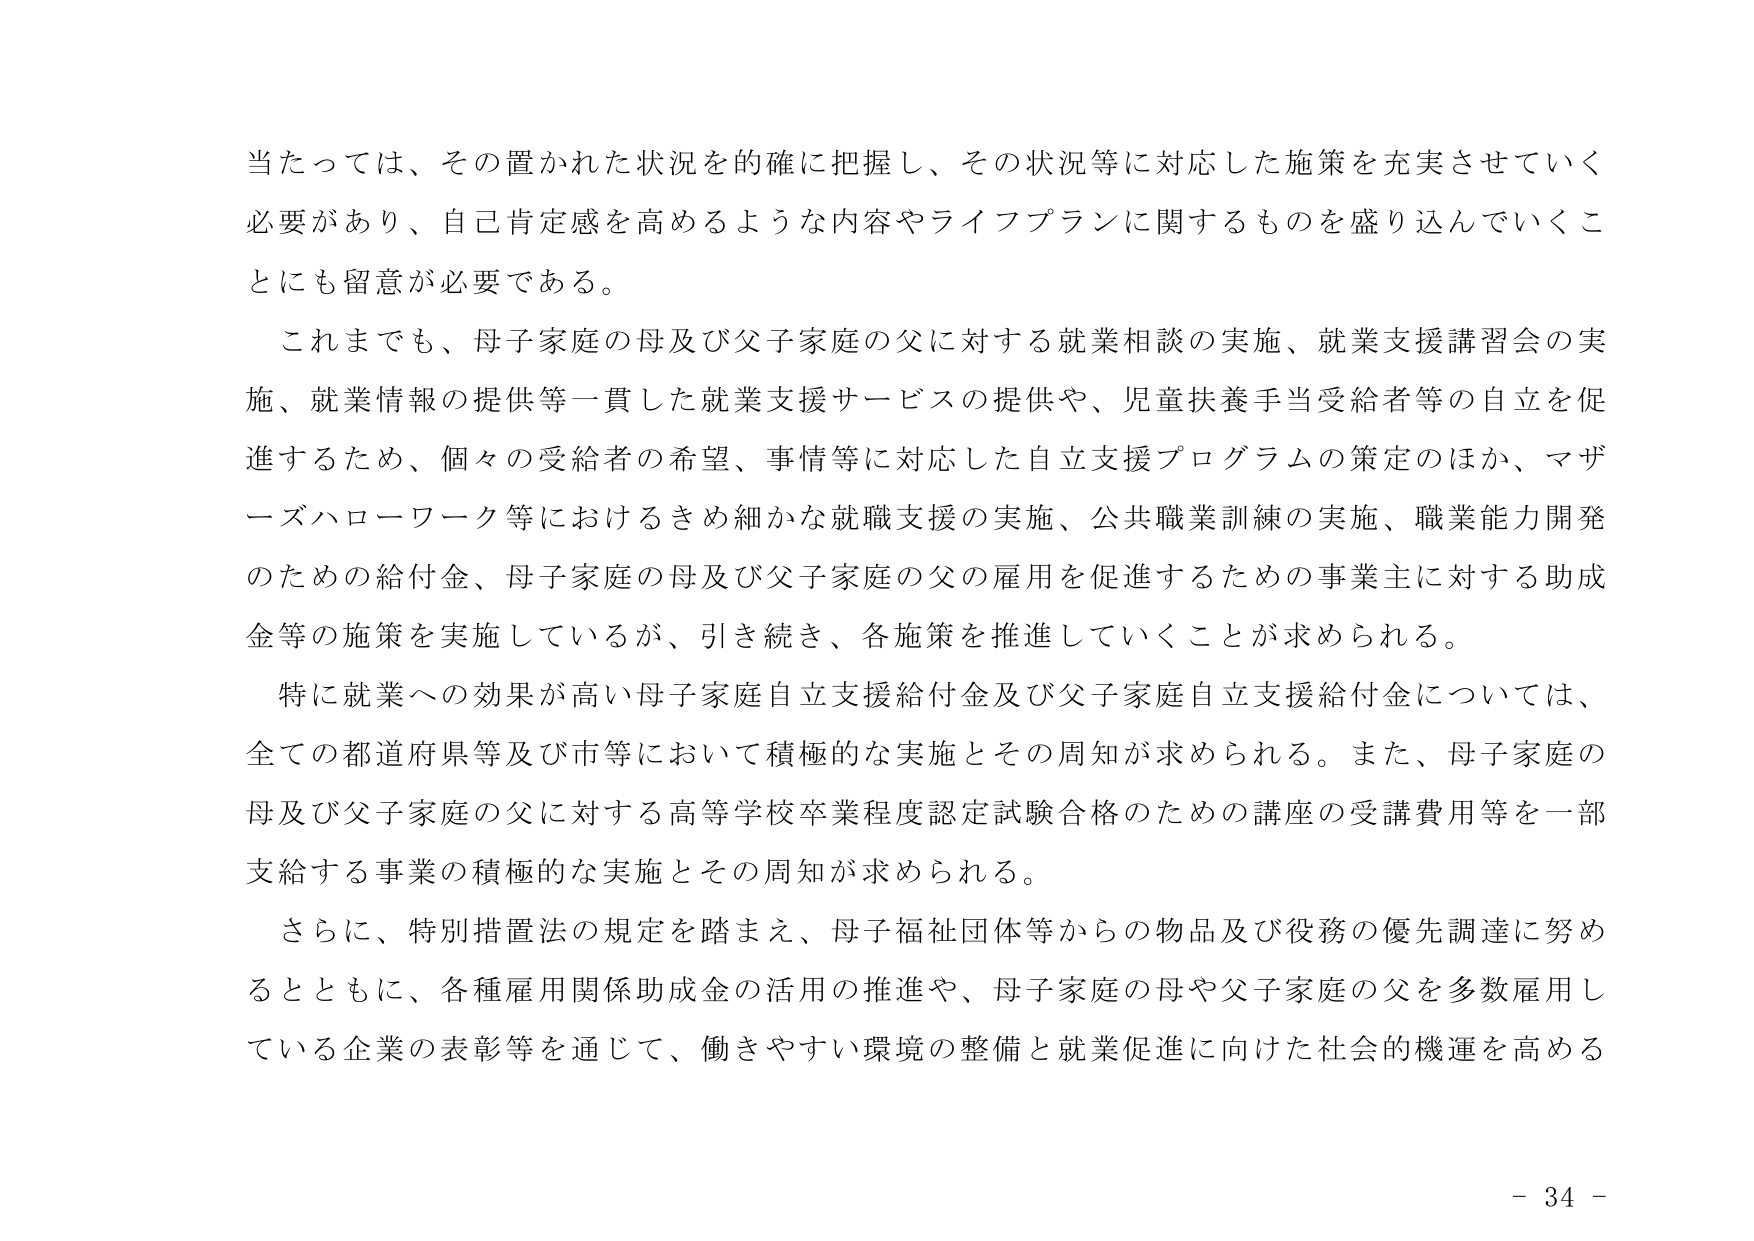
当たっては、その置かれた状況を的確に把握し、その状況等に対応した施策を充実させていく必要があり、自己肯定感を高めるような内容やライフプランに関するものを盛り込んでいくことにも留意が必要である。

これまでも、母子家庭の母及び父子家庭の父に対する就業相談の実施、就業支援講習会の実施、就業情報の提供等一貫した就業支援サービスの提供や、児童扶養手当受給者等の自立を促進するため、個々の受給者の希望、事情等に対応した自立支援プログラムの策定のほか、マザーズハローワーク等におけるきめ細かな就職支援の実施、公共職業訓練の実施、職業能力開発のための給付金、母子家庭の母及び父子家庭の父の雇用を促進するための事業主に対する助成金等の施策を実施しているが、引き続き、各施策を推進していくことが求められる。

特に就業への効果が高い母子家庭自立支援給付金及び父子家庭自立支援給付金については、全ての都道府県等及び市等において積極的な実施とその周知が求められる。また、母子家庭の母及び父子家庭の父に対する高等学校卒業程度認定試験合格のための講座の受講費用等を一部支給する事業の積極的な実施とその周知が求められる。

さらに、特別措置法の規定を踏まえ、母子福祉団体等からの物品及び役務の優先調達に努めるとともに、各種雇用関係助成金の活用の推進や、母子家庭の母や父子家庭の父を多数雇用している企業の表彰等を通じて、働きやすい環境の整備と就業促進に向けた社会的機運を高める

- 34 -